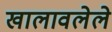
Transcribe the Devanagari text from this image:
खालावलेले